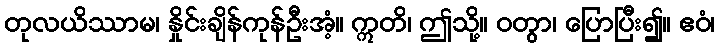
တုလယိဿာမ၊ နှိုင်းချိန်ကုန်ဦးအံ့။ ဣတိ၊ ဤသို့။ ဝတွာ၊ ပြောပြီး၍။ ဧဝံ၊